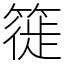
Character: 簁